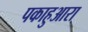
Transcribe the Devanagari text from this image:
पकाहुआरा